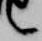
言